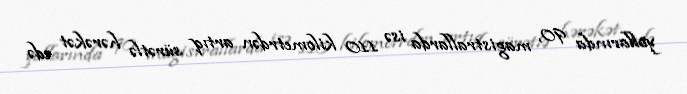
yollarında 90, magistrallarda isə 110 kilometrdən artıq sürətlə hərəkət edə